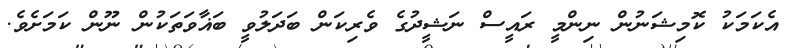
އެކަމަކު ކޮމިޝަނުން ނިންމީ ރައީސް ނަޝީދުގެ ވެރިކަން ބަދަލުވީ ބަޣާވަތަކުން ނޫން ކަމަށެވެ.